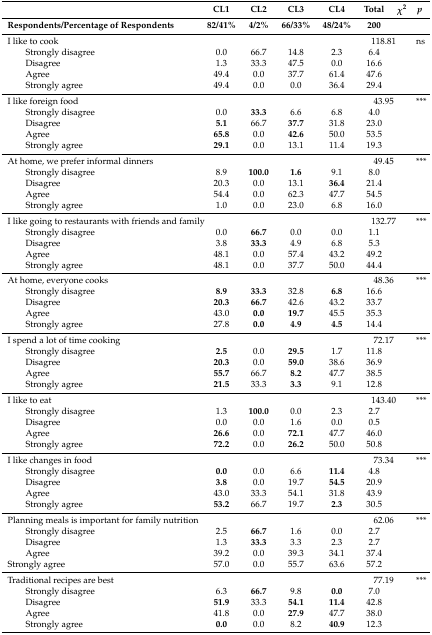
<table><thead><tr><td></td><td><b>CL1</b></td><td><b>CL2</b></td><td><b>CL3</b></td><td><b>CL4</b></td><td><b>Total</b></td><td><b><i>χ</i><sup>2</sup></b></td><td><b><i>p</i></b></td></tr><tr><td><b>Respondents/Percentage of Respondents</b></td><td><b>82/41%</b></td><td><b>4/2%</b></td><td><b>66/33%</b></td><td><b>48/24%</b></td><td><b>200</b></td><td></td><td></td></tr></thead><tbody><tr><td colspan="5">I like to cook</td><td colspan="2">118.81</td><td>ns</td></tr><tr><td>Strongly disagree</td><td>0.0</td><td>66.7</td><td>14.8</td><td>2.3</td><td>6.4</td><td></td><td></td></tr><tr><td>Disagree</td><td>1.3</td><td>33.3</td><td>47.5</td><td>0.0</td><td>16.6</td><td></td><td></td></tr><tr><td>Agree</td><td>49.4</td><td>0.0</td><td>37.7</td><td>61.4</td><td>47.6</td><td></td><td></td></tr><tr><td>Strongly agree</td><td>49.4</td><td>0.0</td><td>0.0</td><td>36.4</td><td>29.4</td><td></td><td></td></tr><tr><td colspan="5">I like foreign food</td><td colspan="2">43.95</td><td>***</td></tr><tr><td>Strongly disagree</td><td>0.0</td><td><b>33.3</b></td><td>6.6</td><td>6.8</td><td>4.0</td><td></td><td></td></tr><tr><td>Disagree</td><td><b>5.1</b></td><td>66.7</td><td><b>37.7</b></td><td>31.8</td><td>23.0</td><td></td><td></td></tr><tr><td>Agree</td><td><b>65.8</b></td><td>0.0</td><td><b>42.6</b></td><td>50.0</td><td>53.5</td><td></td><td></td></tr><tr><td>Strongly agree</td><td><b>29.1</b></td><td>0.0</td><td>13.1</td><td>11.4</td><td>19.3</td><td></td><td></td></tr><tr><td colspan="5">At home, we prefer informal dinners</td><td colspan="2">49.45</td><td>***</td></tr><tr><td>Strongly disagree</td><td>8.9</td><td><b>100.0</b></td><td><b>1.6</b></td><td>9.1</td><td>8.0</td><td></td><td></td></tr><tr><td>Disagree</td><td>20.3</td><td>0.0</td><td>13.1</td><td><b>36.4</b></td><td>21.4</td><td></td><td></td></tr><tr><td>Agree</td><td>54.4</td><td>0.0</td><td>62.3</td><td>47.7</td><td>54.5</td><td></td><td></td></tr><tr><td>Strongly agree</td><td>1.0</td><td>0.0</td><td>23.0</td><td>6.8</td><td>16.0</td><td></td><td></td></tr><tr><td colspan="5">I like going to restaurants with friends and family</td><td colspan="2">132.77</td><td>***</td></tr><tr><td>Strongly disagree</td><td>0.0</td><td><b>66.7</b></td><td>0.0</td><td>0.0</td><td>1.1</td><td></td><td></td></tr><tr><td>Disagree</td><td>3.8</td><td><b>33.3</b></td><td>4.9</td><td>6.8</td><td>5.3</td><td></td><td></td></tr><tr><td>Agree</td><td>48.1</td><td>0.0</td><td>57.4</td><td>43.2</td><td>49.2</td><td></td><td></td></tr><tr><td>Strongly agree</td><td>48.1</td><td>0.0</td><td>37.7</td><td>50.0</td><td>44.4</td><td></td><td></td></tr><tr><td colspan="5">At home, everyone cooks</td><td colspan="2">48.36</td><td>***</td></tr><tr><td>Strongly disagree</td><td><b>8.9</b></td><td><b>33.3</b></td><td>32.8</td><td><b>6.8</b></td><td>16.6</td><td></td><td></td></tr><tr><td>Disagree</td><td><b>20.3</b></td><td><b>66.7</b></td><td>42.6</td><td>43.2</td><td>33.7</td><td></td><td></td></tr><tr><td>Agree</td><td>43.0</td><td><b>0.0</b></td><td><b>19.7</b></td><td>45.5</td><td>35.3</td><td></td><td></td></tr><tr><td>Strongly agree</td><td>27.8</td><td><b>0.0</b></td><td><b>4.9</b></td><td><b>4.5</b></td><td>14.4</td><td></td><td></td></tr><tr><td colspan="5">I spend a lot of time cooking</td><td colspan="2">72.17</td><td>***</td></tr><tr><td>Strongly disagree</td><td><b>2.5</b></td><td>0.0</td><td><b>29.5</b></td><td>1.7</td><td>11.8</td><td></td><td></td></tr><tr><td>Disagree</td><td><b>20.3</b></td><td>0.0</td><td><b>59.0</b></td><td>38.6</td><td>36.9</td><td></td><td></td></tr><tr><td>Agree</td><td><b>55.7</b></td><td>66.7</td><td><b>8.2</b></td><td>47.7</td><td>38.5</td><td></td><td></td></tr><tr><td>Strongly agree</td><td><b>21.5</b></td><td>33.3</td><td><b>3.3</b></td><td>9.1</td><td>12.8</td><td></td><td></td></tr><tr><td colspan="5">I like to eat</td><td colspan="2">143.40</td><td>***</td></tr><tr><td>Strongly disagree</td><td>1.3</td><td><b>100.0</b></td><td>0.0</td><td>2.3</td><td>2.7</td><td></td><td></td></tr><tr><td>Disagree</td><td>0.0</td><td>0.0</td><td>1.6</td><td>0.0</td><td>0.5</td><td></td><td></td></tr><tr><td>Agree</td><td><b>26.6</b></td><td>0.0</td><td><b>72.1</b></td><td>47.7</td><td>46.0</td><td></td><td></td></tr><tr><td>Strongly agree</td><td><b>72.2</b></td><td>0.0</td><td><b>26.2</b></td><td>50.0</td><td>50.8</td><td></td><td></td></tr><tr><td colspan="5">I like changes in food</td><td colspan="2">73.34</td><td>***</td></tr><tr><td>Strongly disagree</td><td><b>0.0</b></td><td>0.0</td><td>6.6</td><td><b>11.4</b></td><td>4.8</td><td></td><td></td></tr><tr><td>Disagree</td><td><b>3.8</b></td><td>0.0</td><td>19.7</td><td><b>54.5</b></td><td>20.9</td><td></td><td></td></tr><tr><td>Agree</td><td>43.0</td><td>33.3</td><td>54.1</td><td>31.8</td><td>43.9</td><td></td><td></td></tr><tr><td>Strongly agree</td><td><b>53.2</b></td><td>66.7</td><td>19.7</td><td><b>2.3</b></td><td>30.5</td><td></td><td></td></tr><tr><td colspan="4">Planning meals is important for family nutrition</td><td></td><td colspan="2">62.06</td><td>***</td></tr><tr><td>Strongly disagree</td><td>2.5</td><td><b>66.7</b></td><td>1.6</td><td>0.0</td><td>2.7</td><td></td><td></td></tr><tr><td>Disagree</td><td>1.3</td><td><b>33.3</b></td><td>3.3</td><td>2.3</td><td>2.7</td><td></td><td></td></tr><tr><td>Agree</td><td>39.2</td><td>0.0</td><td>39.3</td><td>34.1</td><td>37.4</td><td></td><td></td></tr><tr><td>Strongly agree</td><td>57.0</td><td>0.0</td><td>55.7</td><td>63.6</td><td>57.2</td><td></td><td></td></tr><tr><td colspan="5">Traditional recipes are best</td><td colspan="2">77.19</td><td>***</td></tr><tr><td>Strongly disagree</td><td>6.3</td><td><b>66.7</b></td><td>9.8</td><td><b>0.0</b></td><td>7.0</td><td></td><td></td></tr><tr><td>Disagree</td><td><b>51.9</b></td><td>33.3</td><td><b>54.1</b></td><td><b>11.4</b></td><td>42.8</td><td></td><td></td></tr><tr><td>Agree</td><td>41.8</td><td>0.0</td><td><b>27.9</b></td><td>47.7</td><td>38.0</td><td></td><td></td></tr><tr><td>Strongly agree</td><td><b>0.0</b></td><td>0.0</td><td>8.2</td><td><b>40.9</b></td><td>12.3</td><td></td><td></td></tr></tbody></table>